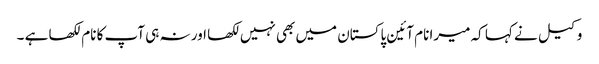
وکیل نے کہا کہ میرا نام آئین پاکستان میں بھی نہیں لکھا اور نہ ہی آپ کا نام لکھا ہے ۔